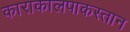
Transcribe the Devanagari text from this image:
काराकालपाकस्तान